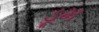
ડૂમ